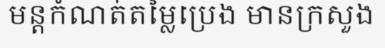
មន្តកំណត់តម្លៃប្រេង មានក្រសួង